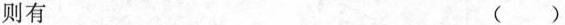
则有 ( )